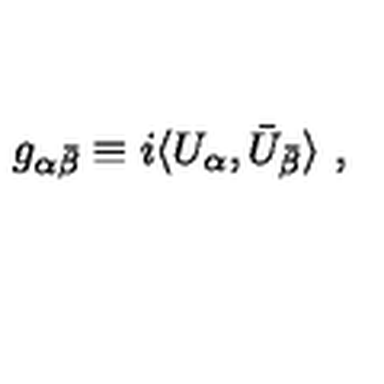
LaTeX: g _ { \alpha \bar { \beta } } \equiv i \langle U _ { \alpha } , \bar { U } _ { \bar { \beta } } \rangle \ ,